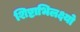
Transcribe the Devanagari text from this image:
शिष्टाभिलक्ष्यो